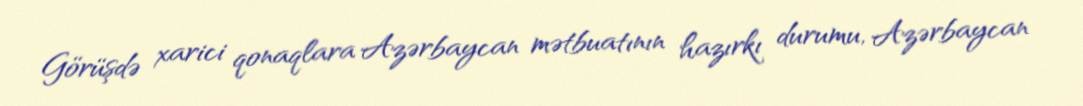
Görüşdə xarici qonaqlara Azərbaycan mətbuatının hazırkı durumu, Azərbaycan